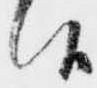
候